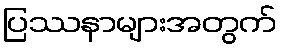
ပြဿနာများအတွက်